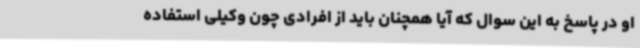
او در پاسخ به این سوال که آیا همچنان باید از افرادی چون وکیلی استفاده